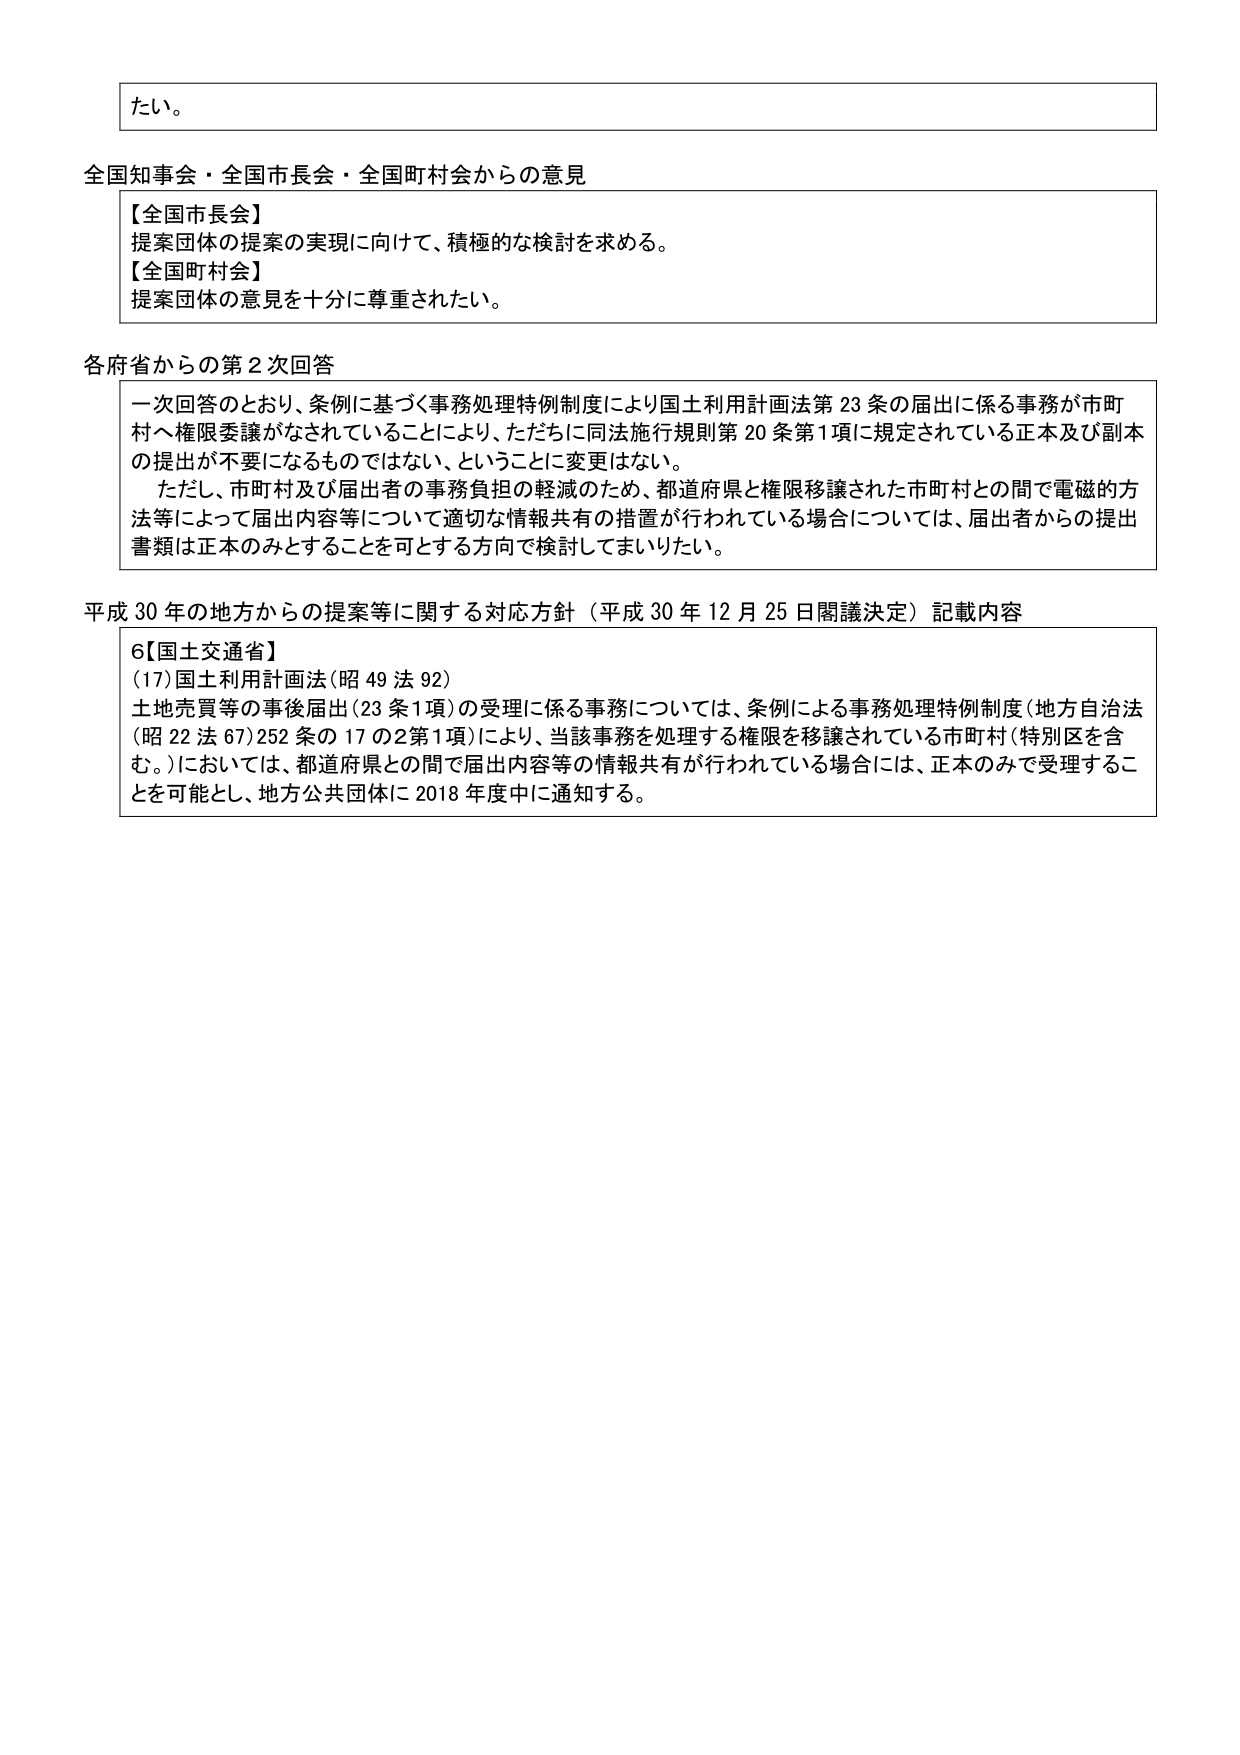
たい。

全国知事会・全国市長会・全国町村会からの意見
【全国市長会】
提案団体の提案の実現に向けて、積極的な検討を求める。
【全国町村会】
提案団体の意見を十分に尊重されたい。

各府省からの第２次回答
一次回答のとおり、条例に基づく事務処理特例制度により国土利用計画法第23条の届出に係る事務が市町村へ権限委譲がなされていることにより、ただちに同法施行規則第20条第1項に規定されている正本及び副本の提出が不要になるものではない、ということに変更はない。
ただし、市町村及び届出者の事務負担の軽減のため、都道府県と権限移譲された市町村との間で電磁的方法等によって届出内容等について適切な情報共有の措置が行われている場合については、届出者からの提出書類は正本のみとすることを可とする方向で検討してまいりたい。

平成30年の地方からの提案等に関する対応方針（平成30年12月25日閣議決定）記載内容
6【国土交通省】
(17) 国土利用計画法（昭49法92）
土地売買等の事後届出（23条1項）の受理に係る事務については、条例による事務処理特例制度（地方自治法（昭22法67）252条の17の2第1項）により、当該事務を処理する権限を移譲されている市町村（特別区を含む。）においては、都道府県との間で届出内容等の情報共有が行われている場合には、正本のみで受理することを可能とし、地方公共団体に2018年度中に通知する。